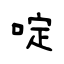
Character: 啶